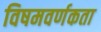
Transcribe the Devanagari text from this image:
विषमवर्णकता